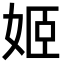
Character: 姬